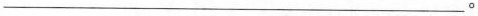
___。